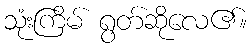
သုံးကြိမ် ရွတ်ဆိုလေ၏။